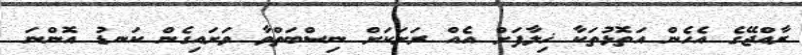
ރާއްޖޭގެ އެހެން އަތޮޅުތަކާ ޚިލާފަށް އެއް ރަށަކަށް ނިސްބަތްވާ ވަށައިގެން ކަނޑު އޮންނަ